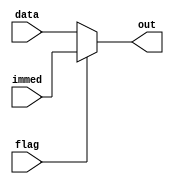
module MUX(
    input [63:0] data,
    input [63:0] immed,
    input flag,
    output [63:0] out
);

    always@(data,B)begin
        if (flag==0)
            out <= data;
        else
            out <=immed;
    end
endmodule